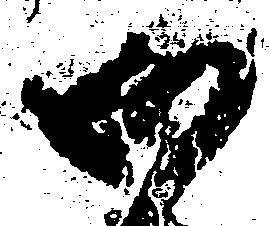
御